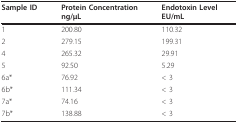
| Sample ID | Protein Concentrationng/μL | Endotoxin LevelEU/mL |
 | --- | --- | --- |
 | 1 | 200.80 | 110.32 |
 | 2 | 279.15 | 199.31 |
 | 4 | 265.32 | 29.91 |
 | 5 | 92.50 | 5.29 |
 | 6a* | 76.92 | < 3 |
 | 6b* | 111.34 | < 3 |
 | 7a* | 74.16 | < 3 |
 | 7b* | 138.88 | < 3 |